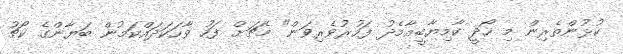
ކުޅުންތެރިން މި ހޯދީ ކާމިޔާބީއާމެދު ފަހުރުވެރިވަން" މެޗަށް ފަހު ވާހަކަދައްކަމުން ބަޔާންގެ ކޯޗު